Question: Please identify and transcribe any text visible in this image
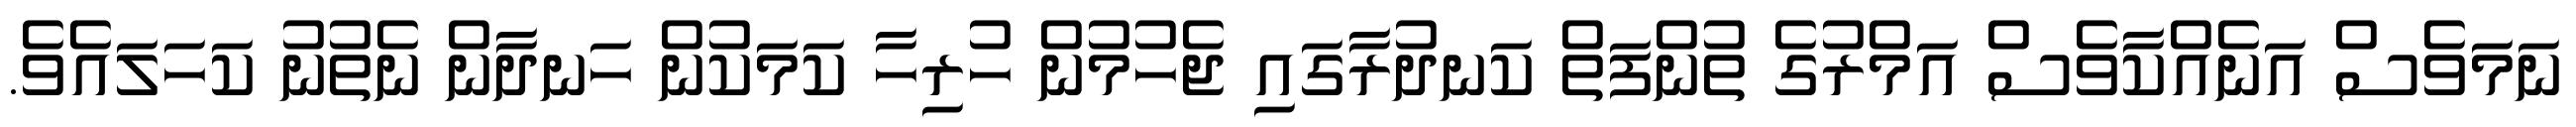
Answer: ނަމަވެސް އަނެއްކާވެސް އަމްރުގެ ތުންފަތް ކަނދުރާގައި ޖެހުމުން ހުރިހާ ކަމަކުން ހަނދާން ނެތުނު ކަހަލައެވެ.